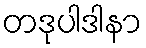
တဒုပါဒါနာ